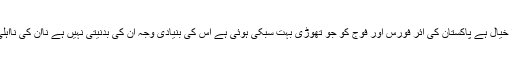
”میر ا خیال ہے پاکستان کی ائر فورس اور فوج کو جو تھوڑی بہت سبکی ہوئی ہے اُس کی بنیادی وجہ اُن کی بدنیتی نہیں ہے نااُن کی نااہلی ہے۔